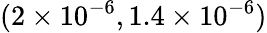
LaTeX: (2\times 10^{-6},1.4\times 10^{-6})